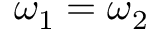
{ \boldsymbol { \omega } } _ { 1 } = { \boldsymbol { \omega } } _ { 2 }